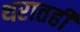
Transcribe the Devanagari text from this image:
थरातही